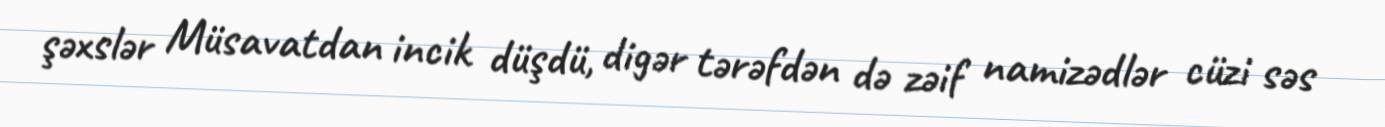
şəxslər Müsavatdan incik düşdü, digər tərəfdən də zəif namizədlər cüzi səs